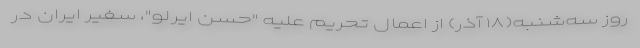
روز سه‌شنبه(۱۸ آذر) از اعمال تحریم علیه "حسن ایرلو"، سفیر ایران در